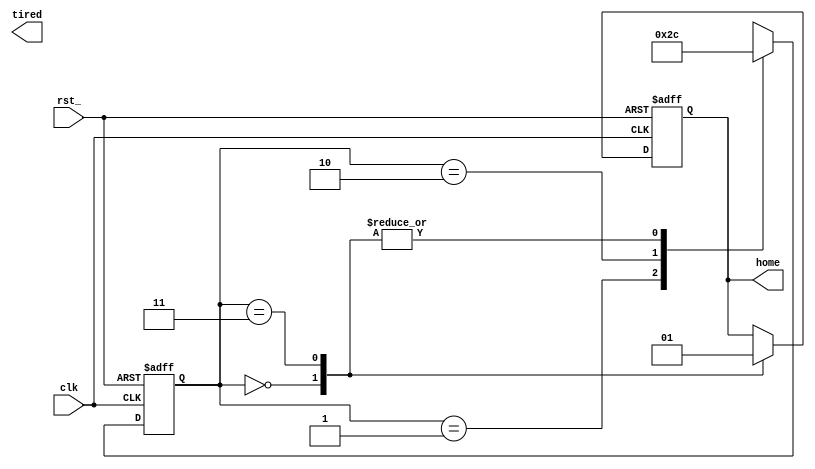
`define SLEEP	2'b00
`define CLASS	2'b01
`define STUDY	2'b10
`define MEETING	2'b11
module statemachine (input clk, input rst_, output reg home, output reg tired);
	reg [1:0] status;
	always @ (posedge clk or negedge rst_)
		if (rst_ == 0) begin
			status <= `SLEEP; home <= 1;
		end else begin
			case (status)
			`SLEEP : begin status <= `SLEEP; home <= 0; end
			`CLASS : begin
				 status <= `STUDY; end
			`STUDY : begin status <= `MEETING; end
			`MEETING : begin status <= `SLEEP; home <= 1; end
			endcase
		end
endmodule